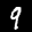
Label: 9